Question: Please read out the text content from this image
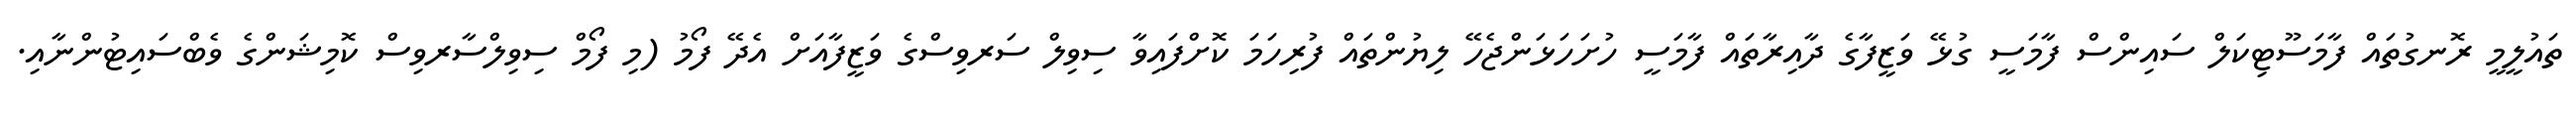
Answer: ތައުލީމީ ރޮނގުތައް ފާމަސޫޓިކަލް ސައިންސް ފާމަސީ ގުޅޭ ވަޒީފާގެ ދާއިރާތައް ފާމަސީ ހުށަހަޅަންޖެހޭ ލިޔުންތައް ފުރިހަމަ ކޮށްފައިވާ ސިވިލް ސަރވިސްގެ ވަޒީފާއަށް އެދޭ ފޯމު (މި ފޯމް ސިވިލްސާރވިސް ކޮމިޝަންގެ ވެބްސައިޓުންނާއި.